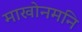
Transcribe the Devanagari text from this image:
माखोनमनि